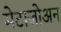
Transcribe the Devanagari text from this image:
मेटाजोअन